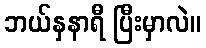
ဘယ်နှနာရီ ပြီးမှာလဲ။